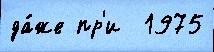
да́же пр'и  1975